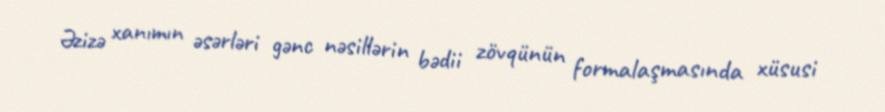
Əzizə xanımın əsərləri gənc nəsillərin bədii zövqünün formalaşmasında xüsusi